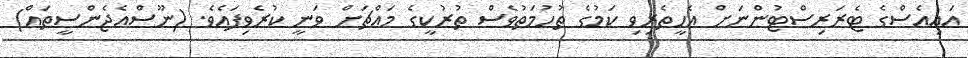
އައިއެސްގެ ޓެރަރިސްޓުންނަށް އެހީތެރިވި ކަމުގެ ތުހުމަތުވެސް ތުރުކީގެ މައްޗަށް ވަނީ ކުރެވިފައެވެ. (ނޫސްއެޖެންސީތައް)